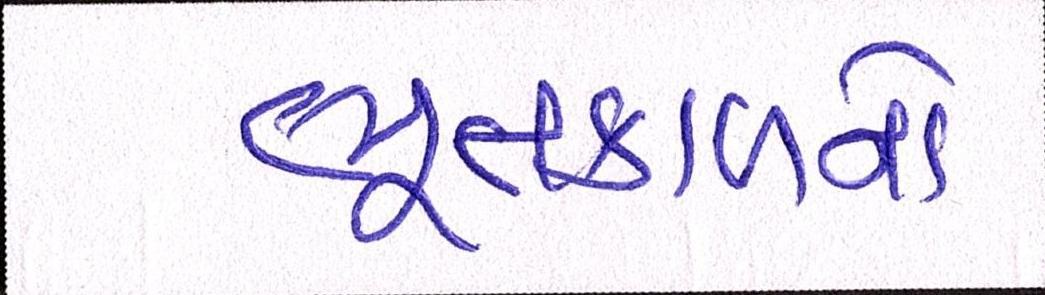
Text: ભૂતકાળનો